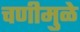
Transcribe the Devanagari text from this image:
चणीमुळे